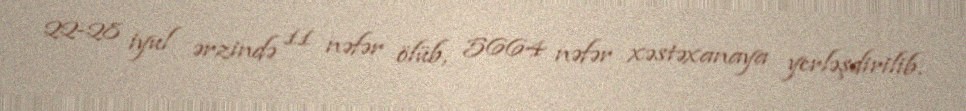
22-28 iyul ərzində 11 nəfər ölüb, 5664 nəfər xəstəxanaya yerləşdirilib.